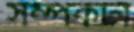
সম্পর্কটা